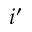
i ^ { \prime }